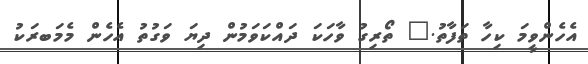
އެހެންވީމަ ކިހާ ތަފާތު." ތޯރިގު ވާހަކަ ދައްކަވަމުން ދިޔަ ވަގުތު އެހެން މެމަބރަކު